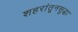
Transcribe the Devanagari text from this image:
शहरांतूनसुद्धा